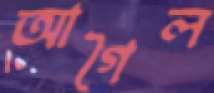
আগৈল